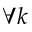
\forall k